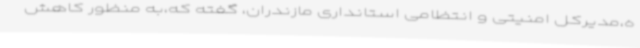
ه،مدیرکل امنیتی و انتظامی استانداری مازندران، گفته که،به منظور کاهش